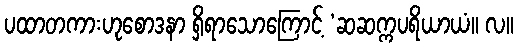
ပထာတကားဟုစောဒနာ ရှိရာသောကြောင့် ‘ဆဆက္ကပရိယာယံ။ လ။